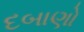
દબાણો